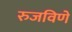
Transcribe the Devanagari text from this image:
रुजविणे